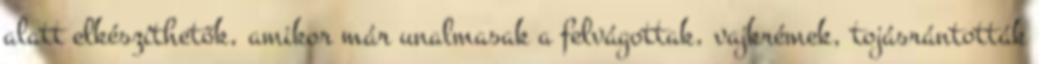
alatt elkészíthetők, amikor már unalmasak a felvágottak, vajkrémek, tojásrántották